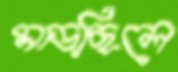
মাড়ছিলে